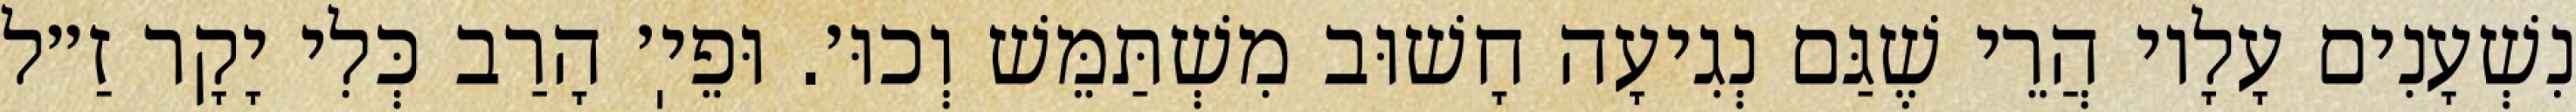
נִשְׁעָנִים עָלָיו הֲרֵי שֶׁגַּם נְגִיעָה חָשׁוּב מִשְׁתַּמֵּשׁ וְכוּ׳. וּפֵיֽ׳ הָרַב כְּלִי יָקָר זַ״ל